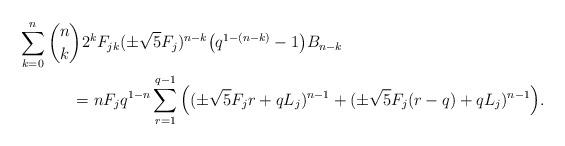
LaTeX: \begin{align*}\sum_{k=0}^{n} {n\choose k} 2^k F_{jk}& (\pm \sqrt{5}F_j )^{n-k} \big ( q^{1-(n-k)} - 1 \big ) B_{n-k}\\= n F_j& q^{1-n} \sum_{r=1}^{q-1} \Big ( (\pm\sqrt{5} F_j r + q L_j )^{n-1} + (\pm\sqrt{5} F_j (r-q) + q L_j )^{n-1}\Big ).\end{align*}